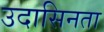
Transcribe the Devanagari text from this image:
उदासिनता